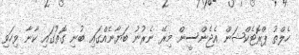
ހެލްތު ޕްރޮޓެކްޝަން އެޖެންސީން މިރޭ ނެރުނު ބަޔާނެއްގައި ބުނި ގޮތުގައި ކާނާ ވިހަވި